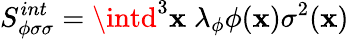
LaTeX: S_{\phi\sigma\sigma}^{int}=\intd^{3}\mathbf{x}\; \lambda_{\phi}\phi(\mathbf{x})\sigma^{2}(\mathbf{x})